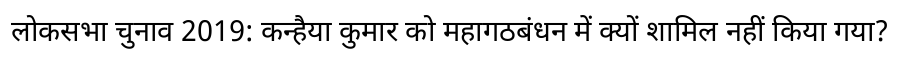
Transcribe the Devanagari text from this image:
लोकसभा चुनाव 2019: कन्हैया कुमार को महागठबंधन में क्यों शामिल नहीं किया गया?